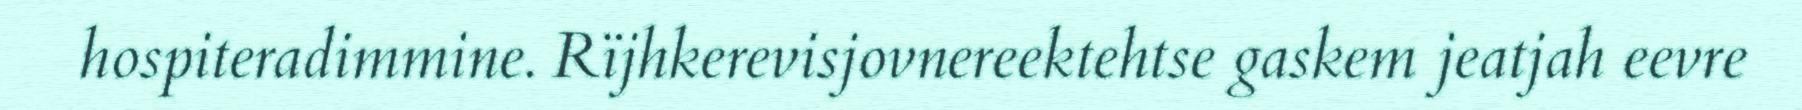
hospiteradimmine. Rïjhkerevisjovnereektehtse gaskem jeatjah eevre